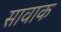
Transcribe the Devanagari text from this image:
सावाक